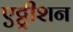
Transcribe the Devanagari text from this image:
एट्ट्रीशन